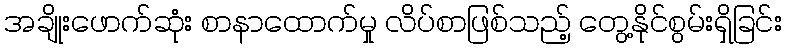
အချိုးဖောက်ဆုံး စာနာထောက်မှု လိပ်စာဖြစ်သည့် တွေ့နိုင်စွမ်းရှိခြင်း